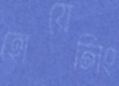
হোয়েলিং